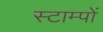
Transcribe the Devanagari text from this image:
स्टाम्पों